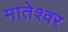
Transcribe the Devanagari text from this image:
मातेश्वर